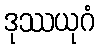
ဒုဿယုဂံ